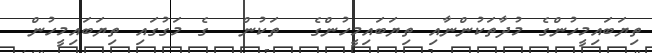
ތިޔަބައިމީހުންގެ މުދާތަކުންނާއި ތިޔަބައިމީހުންގެ  ތަކުން  ގެ މަގުގައި ތިޔަބައިމީހުން